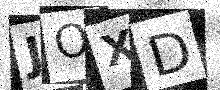
Text: JOXD